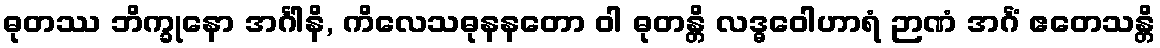
ဓုတဿ ဘိက္ခုနော အင်္ဂါနိ, ကိလေသဓုနနတော ဝါ ဓုတန္တိ လဒ္ဓဝေါဟာရံ ဉာဏံ အင်္ဂံ ဧတေသန္တိ